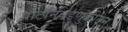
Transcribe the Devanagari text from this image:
पोटनिवडणुकीतून